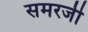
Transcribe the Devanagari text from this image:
समरजी